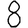
Digit: 8